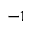
^ { - 1 }